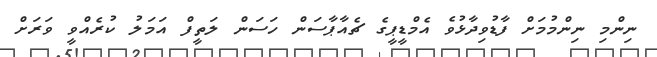
ނިންމި ނިންމުމަށް ފާޑުވިދާޅުވެ އެމްޑީޕީގެ ޗެއާޕާސަން ހަސަން ލަތީފް އަމަލު ކުރެއްވީ ވަރަށް